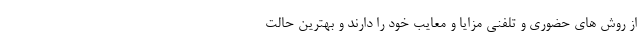
از روش های حضوری و تلفنی مزایا و معایب خود را دارند و بهترین حالت